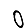
Digit: 0